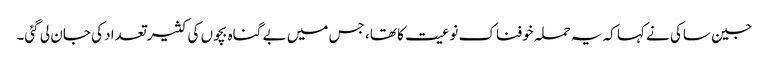
جین ساکی نے کہا کہ یہ حملہ خوفناک نوعیت کا تھا، جس میں بے گناہ بچوں کی کثیر تعداد کی جان لی گئی۔